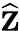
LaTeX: \widehat{\mathbf{Z}}